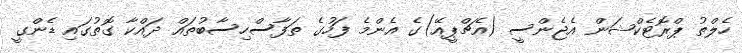
ހެލްތު ޕްރޮޓެކްޝަން އެޖެންސީ (އެޗްޕީއޭ)ގެ އެންމެ ފަހުގެ ތަފާާސްހިސާބުތައް ދައްކާ ގޮތުގައި ޑެންގީ